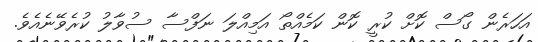
އަހަރެން ގޯސް ކޮށް ކުރީ ކޮން ކަމެއްތޯ އަމިއްލަ ނަފްސާ ސުވާލު ކުރެވޭނެއެވެ.